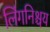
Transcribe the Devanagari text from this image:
लिंगनिश्चय